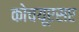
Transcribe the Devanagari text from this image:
कोचयूएसए